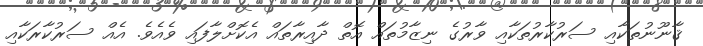
ޤާނޫނުތަކާއި ސަރުކާރުތަކާއި ވާރުގެ ނިޒާމުތައް އޮތް ދާއިރާތައް އެކޮށްލާފައި ވެއެވެ. އެއް ސަރުކާރަކާއި